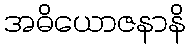
အဓိယောဇနာနိ